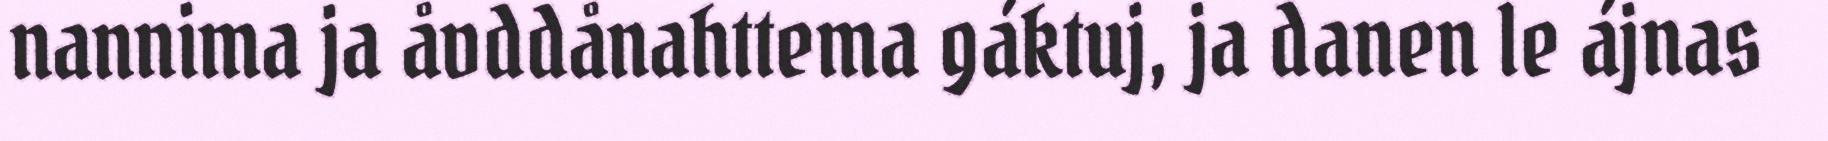
nannima ja åvddånahttema gáktuj, ja danen le ájnas